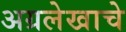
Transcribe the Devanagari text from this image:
अग्रलेखाचे